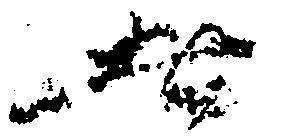
者